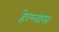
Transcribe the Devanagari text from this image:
हेल्लास